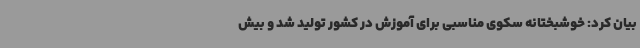
بیان کرد: خوشبختانه سکوی مناسبی برای آموزش در کشور تولید شد و بیش